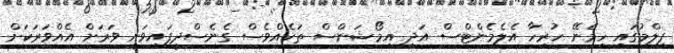
ފިލްމުގައި ހިމެނޭ ހުރިހާ އެލެމެންޓްސް އަދި އިމޯޝަންސް ތަކެއްވެސް ގެނެސްދީފައިވަނީ ވަރަށް އެއްވަރަކަށް